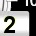
Digit: 2